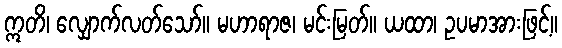
ဣတိ၊ လျှောက်လတ်သော်။ မဟာရာဇ၊ မင်းမြတ်။ ယထာ၊ ဥပမာအားဖြင့်။